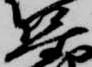
集